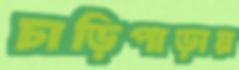
চাড়িপাড়ায়